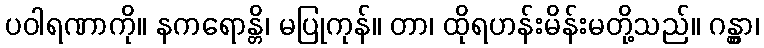
ပဝါရဏာကို။ နကရောန္တိ၊ မပြုကုန်။ တာ၊ ထိုရဟန်းမိန်းမတို့သည်။ ဂန္တွာ၊